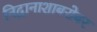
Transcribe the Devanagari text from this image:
निद्रानाशाबरोबर